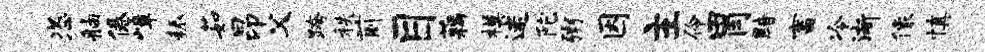
恣舳倦嶂耨茹昂父跨秩前目藕模迷陀粥因主伶胃黯畜冷渐像慎